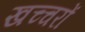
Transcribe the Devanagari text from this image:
खच्‍चरों